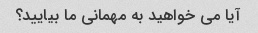
آیا می خواهید به مهمانی ما بیایید؟